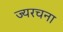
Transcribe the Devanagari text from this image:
ज्यरचना